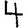
Digit: 4